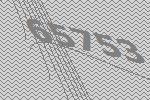
65753